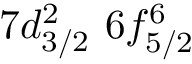
7 d _ { 3 / 2 } ^ { 2 } \, \, 6 f _ { 5 / 2 } ^ { 6 }